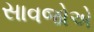
સાવજોએ